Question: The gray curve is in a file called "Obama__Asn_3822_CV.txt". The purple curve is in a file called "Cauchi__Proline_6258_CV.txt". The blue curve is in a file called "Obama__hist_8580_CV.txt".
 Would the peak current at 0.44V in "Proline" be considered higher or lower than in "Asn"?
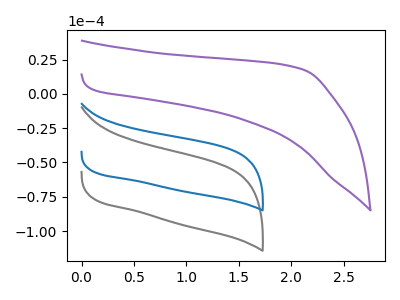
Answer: <think>The gray curve "Asn" has no peaks. The purple curve "Proline" has no peaks. The blue curve "hist" has no peaks.</think>
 <answer>"Proline" and "Asn" dont share a peak at 0.44V.</answer>
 <eval>mismatch</eval>